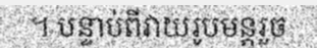
។ បន្ទាប់ពីវាយរូបមន្តរួច